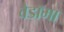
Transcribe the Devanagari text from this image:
वैडाॅमा